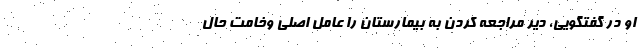
او در گفتگویی، دیر مراجعه کردن به بیمارستان را عامل اصلی وخامت حال